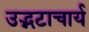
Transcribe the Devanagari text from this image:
उद्भटाचार्य